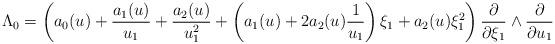
LaTeX: \begin{align*}\Lambda_0=\left( a_0(u)+\frac{a_1(u)}{u_1}+\frac{a_2(u)}{u_1^2}+\left(a_1(u)+2a_2(u)\frac{1}{u_1}\right) \xi_1+ a_2(u)\xi_1^2\right)\frac{\partial}{\partial \xi_1}\wedge \frac{\partial}{\partial u_1}\end{align*}